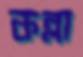
কল্লা